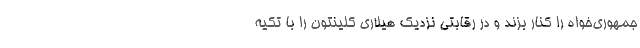
جمهوری‌خواه را کنار بزند و در رقابتی نزدیک هیلاری کلینتون را با تکیه